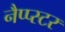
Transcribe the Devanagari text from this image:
नैप्प्स्टर